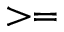
> =